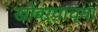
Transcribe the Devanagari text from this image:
खोबऱ्याच्या